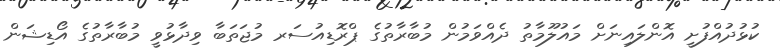
ކުޅުދުއްފުށީ އޮންލައިނަށް މައުލޫމާތު ދެއްވަމުން މުބާރާތުގެ ޕްރޮޑިއުސަރ މުޖަތަބާ ވިދާޅުވީ މުބާރާތުގެ އޯޑިޝަން